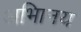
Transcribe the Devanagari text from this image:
अभािनय